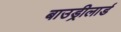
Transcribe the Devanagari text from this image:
बाउड्रीलार्ड